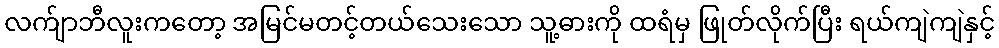
လက်ျာဘီလူးကတော့ အမြင်မတင့်တယ်သေးသော သူ့ဓားကို ထရံမှ ဖြုတ်လိုက်ပြီး ရယ်ကျဲကျဲနှင့်